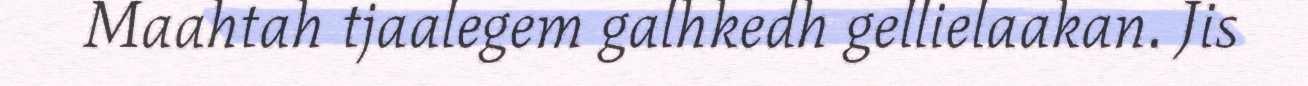
Maahtah tjaalegem galhkedh gellielaakan. Jis